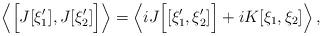
LaTeX: \begin{align*}\left\langle \Bigl[ J[\xi'_1],J[\xi'_2 ] \Bigr] \right\rangle= \left\langle i J\Bigl[[\xi'_1,\xi'_2]\Bigr]+ iK[\xi_1,\xi_2]\right\rangle,\end{align*}